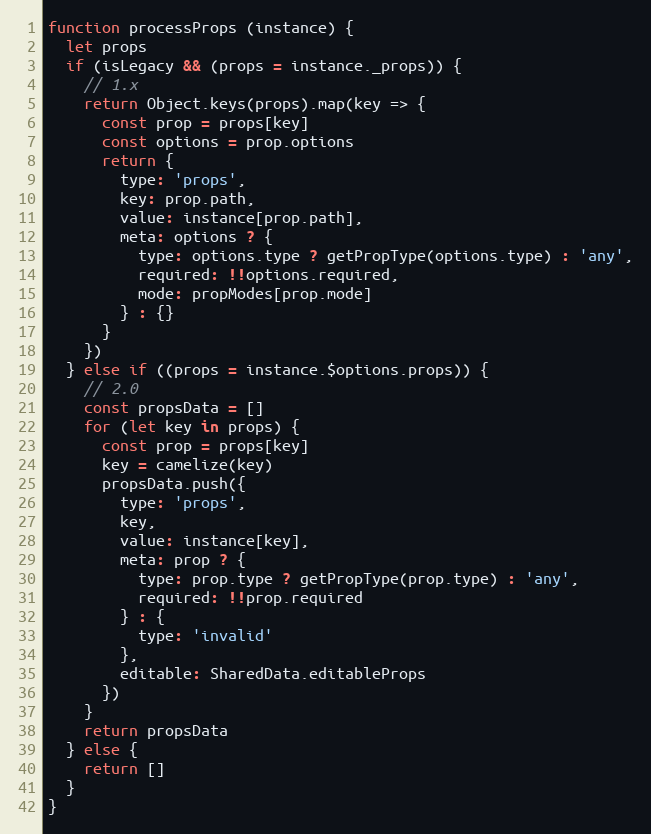
Language: JavaScript
function processProps (instance) {
  let props
  if (isLegacy && (props = instance._props)) {
    // 1.x
    return Object.keys(props).map(key => {
      const prop = props[key]
      const options = prop.options
      return {
        type: 'props',
        key: prop.path,
        value: instance[prop.path],
        meta: options ? {
          type: options.type ? getPropType(options.type) : 'any',
          required: !!options.required,
          mode: propModes[prop.mode]
        } : {}
      }
    })
  } else if ((props = instance.$options.props)) {
    // 2.0
    const propsData = []
    for (let key in props) {
      const prop = props[key]
      key = camelize(key)
      propsData.push({
        type: 'props',
        key,
        value: instance[key],
        meta: prop ? {
          type: prop.type ? getPropType(prop.type) : 'any',
          required: !!prop.required
        } : {
          type: 'invalid'
        },
        editable: SharedData.editableProps
      })
    }
    return propsData
  } else {
    return []
  }
}